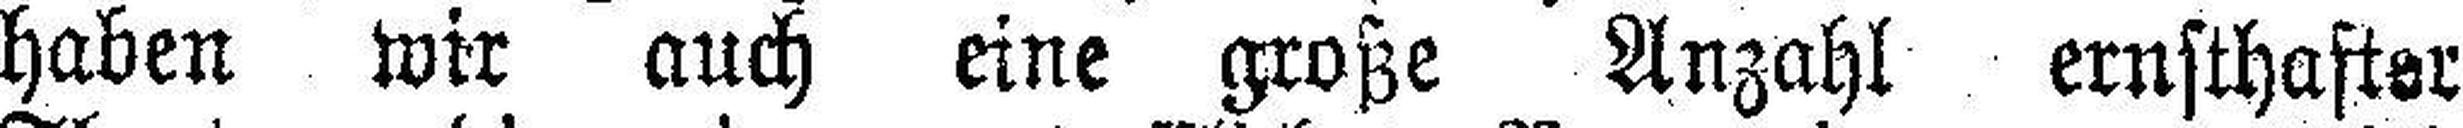
haben wir auch eine große Anzahl ernsthafter